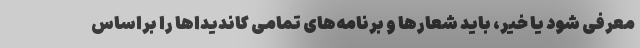
معرفی شود یا خیر، باید شعارها و برنامه‌های تمامی کاندیداها را براساس